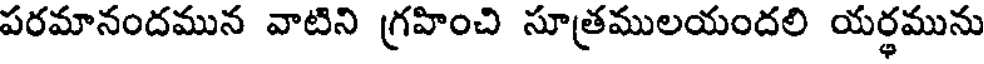
పరమానందమున వాటిని గ్రహించి సూత్రములయందలి యర్థమును